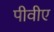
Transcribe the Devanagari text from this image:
पीवीए